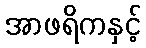
အာဖရိကနှင့်